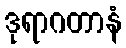
ဒုရာဂတာနံ